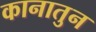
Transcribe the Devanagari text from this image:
कानातुन